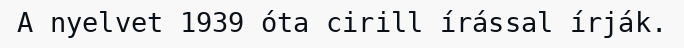
A nyelvet 1939 óta cirill írással írják.